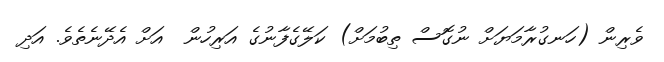
ވެރިން (ހަނގުރާމަޔަށް ނުގޮސް ތިބުމަށް) ކަލޭގެފާނުގެ އަރިހުން  އަށް އެދޭނެތެވެ. އަދި